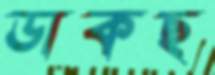
ডাকছ